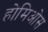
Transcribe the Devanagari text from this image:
होमिओस